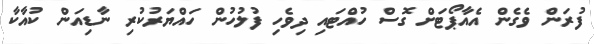
ފުރަން ވެގެން އެއާޕޯޓަށް ގޮސް ހުއްޓައި ދިވެހި ފުލުހުން ހައްޔަރުކުރި ނާޑިއަން ކުއާކާ